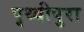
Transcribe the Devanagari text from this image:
पृथ्वीपुरा